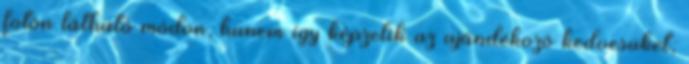
fotón látható módon, hanem így képzelik az ajándékozó kedvesüket,